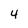
Character: 4